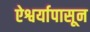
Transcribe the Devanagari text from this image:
ऐश्वर्यापासून